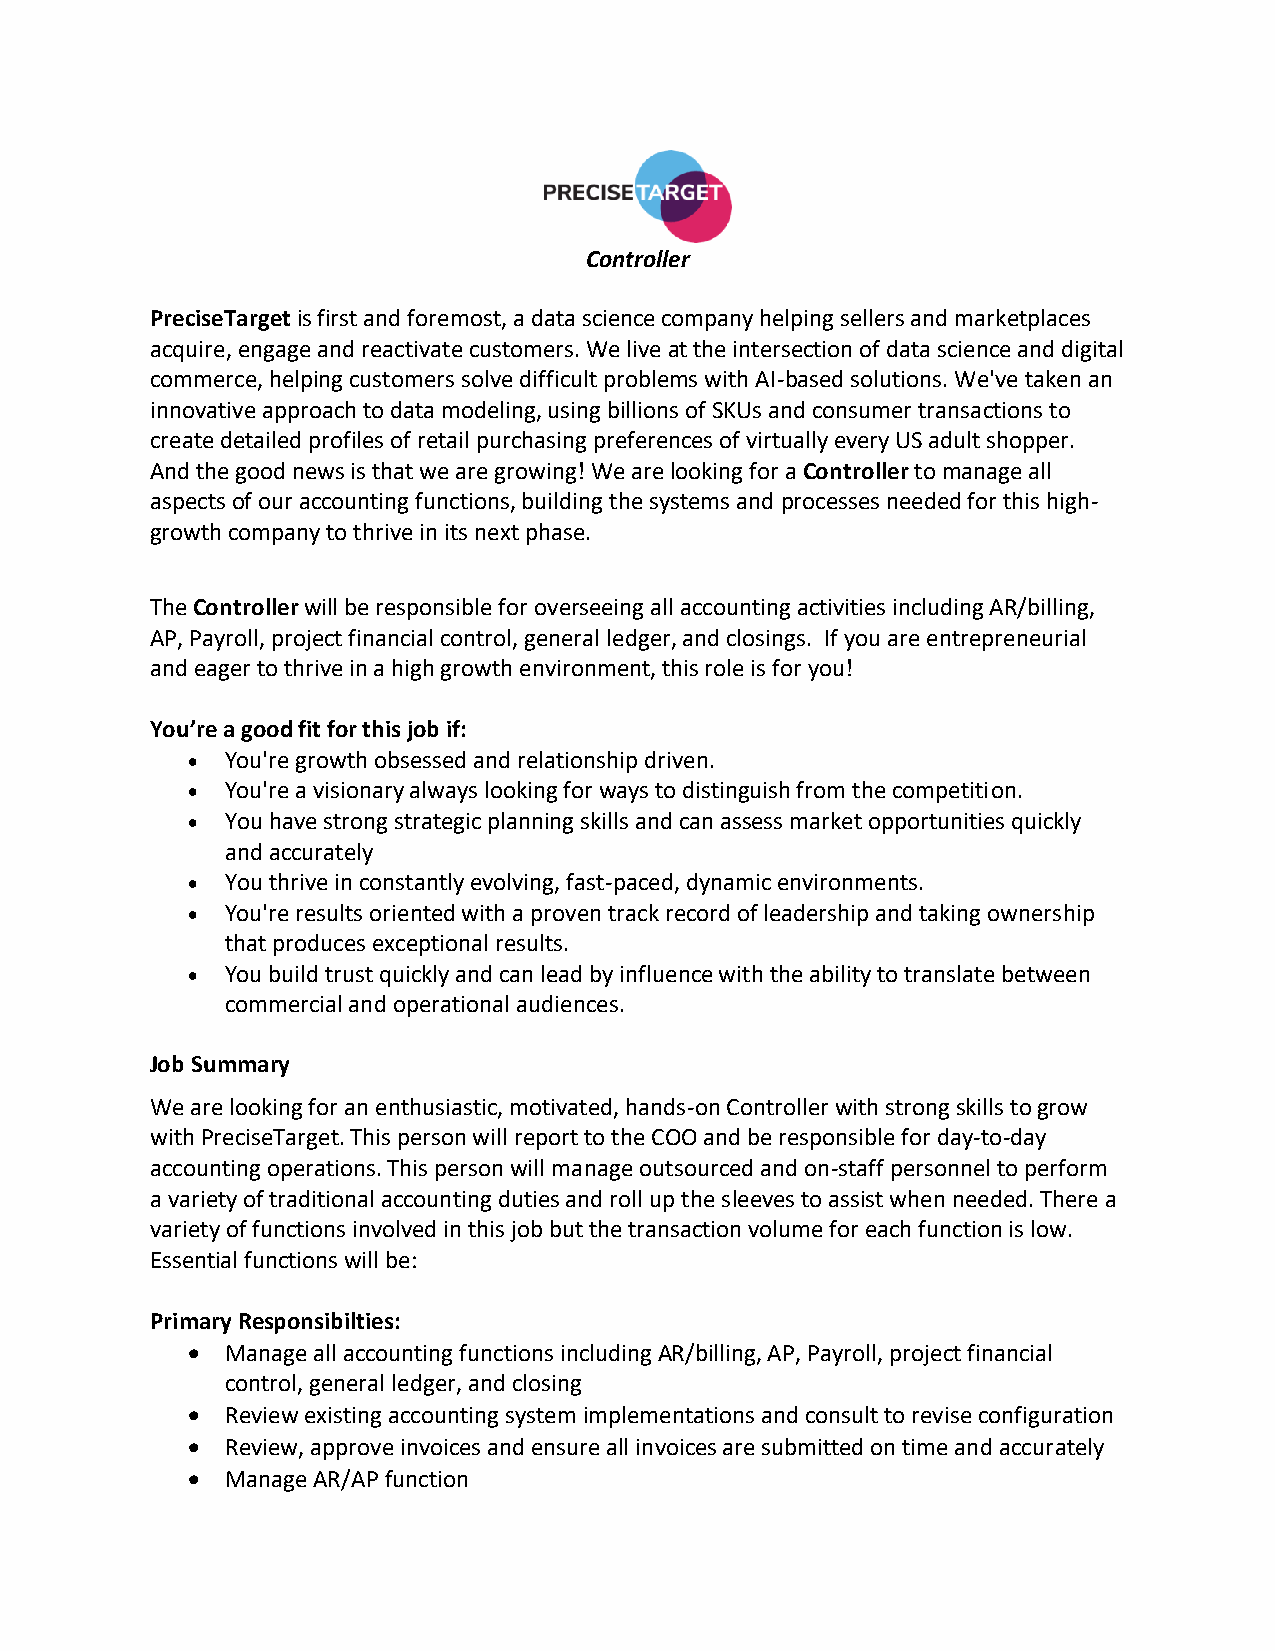
Controller
 PreciseTarget is first and foremost, a data science company helping sellers and marketplaces
 acquire, engage and reactivate customers. We live at the intersection of data science and digital
 commerce, helping customers solve difficult problems with AI-based solutions. We've taken an
 innovative approach to data modeling, using billions of SKUs and consumer transactions to
 create detailed profiles of retail purchasing preferences of virtually every US adult shopper.
 And the good news is that we are growing! We are looking for a Controller to manage all
 aspects of our accounting functions, building the systems and processes needed for this high-
 growth company to thrive in its next phase.
 The Controller will be responsible for overseeing all accounting activities including AR/billing,
 AP, Payroll, project financial control, general ledger, and closings. If you are entrepreneurial
 and eager to thrive in a high growth environment, this role is for you!
 You’re a good fit for this job if:
 •  You're growth obsessed and relationship driven.
 •  You're a visionary always looking for ways to distinguish from the competition.
 •  You have strong strategic planning skills and can assess market opportunities quickly
 and accurately
 •  You thrive in constantly evolving, fast-paced, dynamic environments.
 •  You're results oriented with a proven track record of leadership and taking ownership
 that produces exceptional results.
 •  You build trust quickly and can lead by influence with the ability to translate between
 commercial and operational audiences.
 Job Summary
 We are looking for an enthusiastic, motivated, hands-on Controller with strong skills to grow
 with PreciseTarget. This person will report to the COO and be responsible for day-to-day
 accounting operations. This person will manage outsourced and on-staff personnel to perform
 a variety of traditional accounting duties and roll up the sleeves to assist when needed. There a
 variety of functions involved in this job but the transaction volume for each function is low.
 Essential functions will be:
 Primary Responsibilties:
 •  Manage all accounting functions including AR/billing, AP, Payroll, project financial
 control, general ledger, and closing
 •  Review existing accounting system implementations and consult to revise configuration
 •  Review, approve invoices and ensure all invoices are submitted on time and accurately
 •  Manage AR/AP function